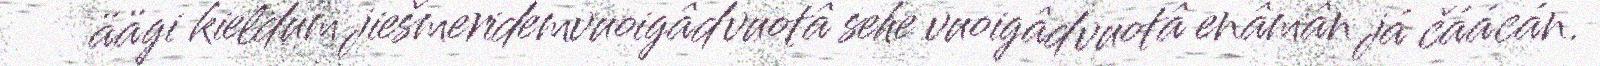
äägi kieldum jiešmeridemvuoigâdvuotâ sehe vuoigâdvuotâ enâmân já čáácán.